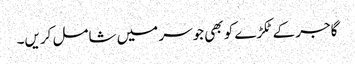
گاجر کے ٹکڑے کو بھی جوسر میں شامل کریں۔